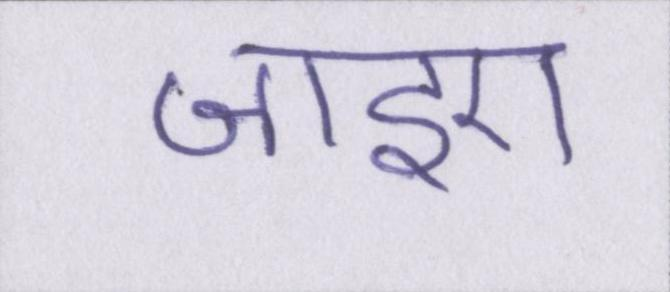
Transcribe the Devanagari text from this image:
जाइए